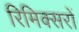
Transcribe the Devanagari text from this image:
रिमिक्सरों